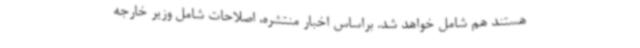
هستند هم شامل خواهد شد. براساس اخبار منتشره، اصلاحات شامل وزیر خارجه